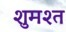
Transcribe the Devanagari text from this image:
शुमश्त